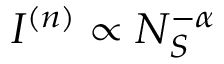
I ^ { ( n ) } \propto N _ { S } ^ { - \alpha }